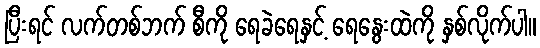
ပြီးရင် လက်တစ်ဘက် စီကို ရေခဲရေနှင့် ရေနွေးထဲကို နှစ်လိုက်ပါ။